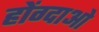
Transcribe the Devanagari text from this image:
होंग्दाओ